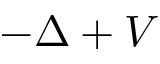
- \Delta + V